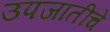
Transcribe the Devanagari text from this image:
उपजातींचे